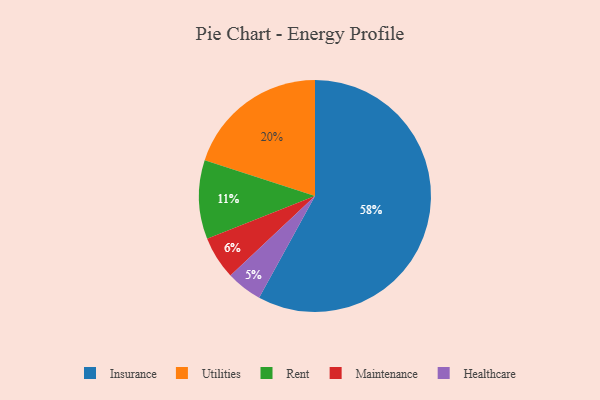
{"axis": {"x": "Category", "y": "Percentage"}, "legend": ["Healthcare", "Insurance", "Maintenance", "Rent", "Utilities"], "data": [{"x": "Insurance", "y": 58, "type": "Insurance"}, {"x": "Maintenance", "y": 6, "type": "Maintenance"}, {"x": "Healthcare", "y": 5, "type": "Healthcare"}, {"x": "Utilities", "y": 20, "type": "Utilities"}, {"x": "Rent", "y": 11, "type": "Rent"}]}